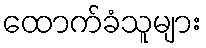
ထောက်ခံသူများ